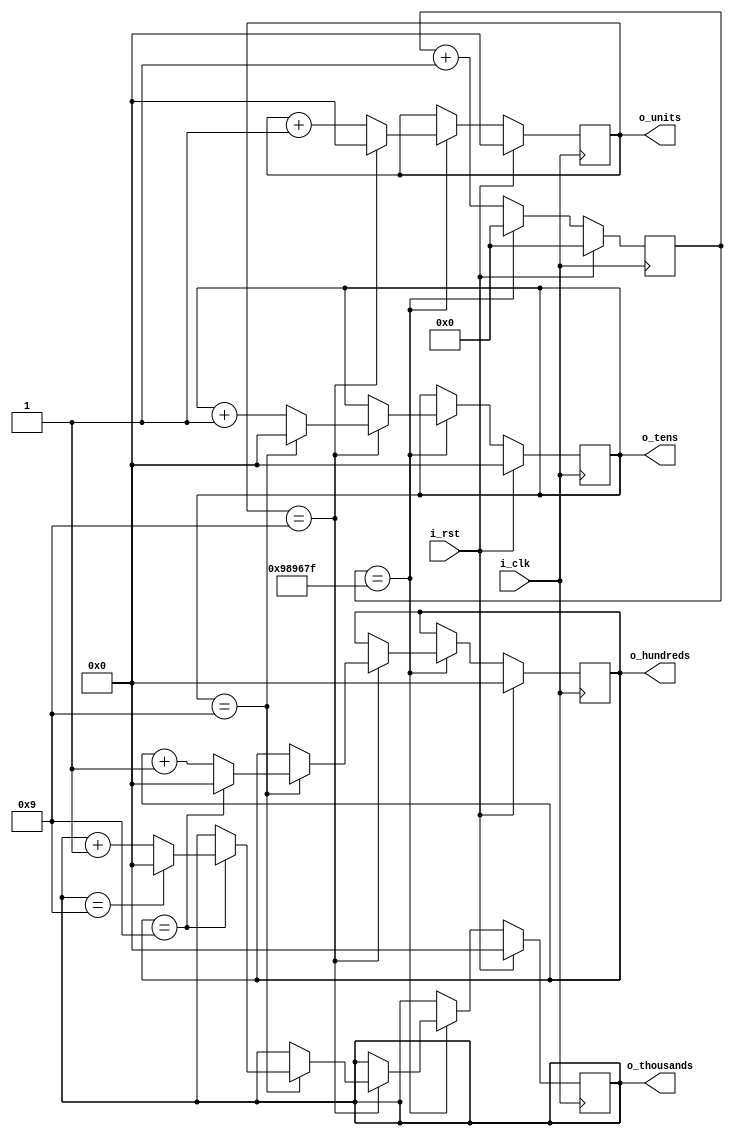
module counter
(
	input  	i_clk,			//FPGA Input clock
	input 	i_rst,
	output [3:0] o_units,
	output [3:0] o_tens,
	output [3:0] o_hundreds,
	output [3:0] o_thousands
);
	
	//Variable declarations
	reg [32:0]r_tmp_counter = 0;
	reg [3:0] r_units = 0;
	reg [3:0] r_tens = 0;
	reg [3:0] r_hundreds = 0;
	reg [3:0] r_thousands = 0;
	
	//This 'always' block is executed every 100 ns
	always @(posedge i_clk)
	begin
		if(i_rst == 1)
		begin
			r_tmp_counter <= 0;
			r_units <= 0;
			r_tens <= 0;
			r_hundreds <= 0;
			r_thousands <= 0;
		end
		else
		begin
			if(r_tmp_counter == (10000000-1))
			begin
				r_tmp_counter <= 0;
				if(r_units == (10-1))
				begin
					r_units <= 0;
					if(r_tens == (10-1))
					begin
						r_tens <= 0;
						if(r_hundreds == (10-1))
						begin
							r_hundreds <= 0;
							if(r_thousands == (10-1))
							begin
								r_thousands <= 0;
							end
							else
							begin
								r_thousands <= r_thousands + 1;
							end
						end
						else
						begin
							r_hundreds <= r_hundreds+1;
						end
					end
					else
					begin
						r_tens <= r_tens + 1;
					end
				end
				else
				begin
					r_units <= r_units +1;
				end
			end
			else
			begin
				r_tmp_counter <= r_tmp_counter + 1;
			end
		end		
	end
	
	assign o_units = r_units;
	assign o_tens  = r_tens;
	assign o_thousands = r_thousands;
	assign o_hundreds = r_hundreds;

endmodule